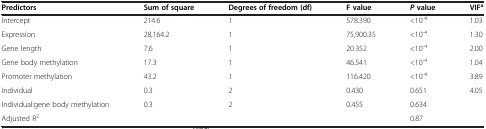
<table><thead><tr><td><b>Predictors</b></td><td><b>Sum of square</b></td><td><b>Degrees of freedom (df)</b></td><td><b>F value</b></td><td><b><i>P </i>value</b></td><td><b>VIF<sup>a</sup></b></td></tr></thead><tbody><tr><td>Intercept</td><td>214.6</td><td>1</td><td>578.390</td><td>&lt;10<sup>-4</sup></td><td>1.03</td></tr><tr><td>Expression</td><td>28,164.2</td><td>1</td><td>75,900.35</td><td>&lt;10<sup>-4</sup></td><td>1.30</td></tr><tr><td>Gene length</td><td>7.6</td><td>1</td><td>20.352</td><td>&lt;10<sup>-4</sup></td><td>2.00</td></tr><tr><td>Gene body methylation</td><td>17.3</td><td>1</td><td>46.541</td><td>&lt;10<sup>-4</sup></td><td>1.04</td></tr><tr><td>Promoter methylation</td><td>43.2</td><td>1</td><td>116.420</td><td>&lt;10<sup>-4</sup></td><td>3.89</td></tr><tr><td>Individual</td><td>0.3</td><td>2</td><td>0.430</td><td>0.651</td><td>4.05</td></tr><tr><td>Individual:gene body methylation</td><td>0.3</td><td>2</td><td>0.455</td><td>0.634</td><td> </td></tr><tr><td>Adjusted R<sup>2</sup></td><td> </td><td> </td><td> </td><td>0.87</td><td> </td></tr></tbody></table>